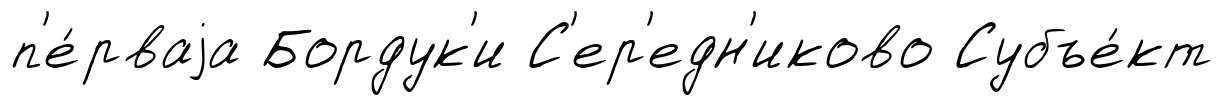
п'е́рваjа Бордук'и С'ер'едн'иково Субъе́кт